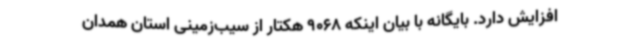
افزایش دارد. بایگانه با بیان اینکه 9068 هکتار از سیب‌زمینی استان همدان